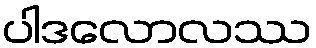
ပါဒလောလဿ